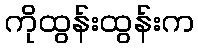
ကိုထွန်းထွန်းက